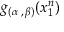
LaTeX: g _ { ( \alpha \, , \, \beta ) } ( x _ { 1 } ^ { n } )